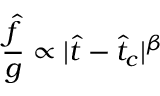
\frac { \hat { f } } { g } \propto | \hat { t } - \hat { t } _ { c } | ^ { \beta }